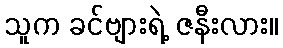
သူက ခင်ဗျားရဲ့ ဇနီးလား။